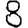
Digit: 8